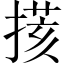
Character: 𢲧